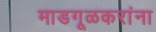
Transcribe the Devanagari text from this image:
माडगूळकरांना